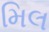
મિલ